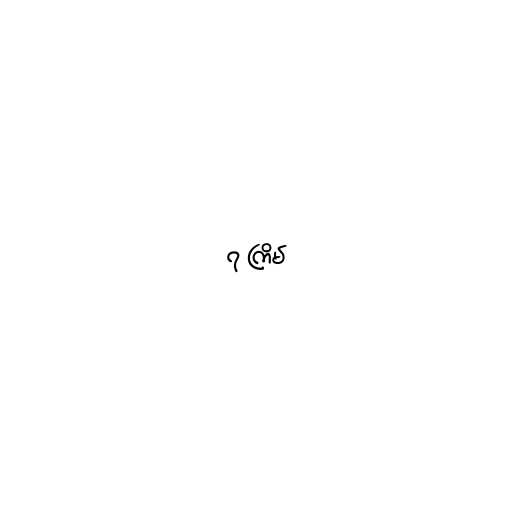
၇ ကြိမ်